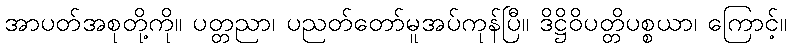
အာပတ်အစုတို့ကို။ ပတ္တညာ၊ ပညတ်တော်မူအပ်ကုန်ပြီ။ ဒိဋ္ဌိဝိပတ္တိပစ္စယာ၊ ကြောင့်။